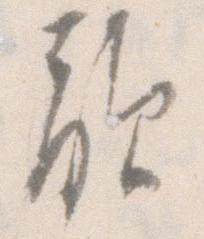
敵